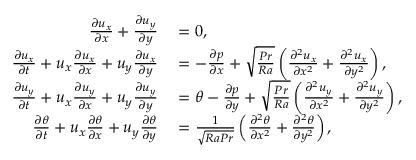
\begin{array} { r l } { \frac { \partial u _ { x } } { \partial x } + \frac { \partial u _ { y } } { \partial y } } & { { } = 0 , } \\ { \frac { \partial u _ { x } } { \partial t } + u _ { x } \frac { \partial u _ { x } } { \partial x } + u _ { y } \frac { \partial u _ { x } } { \partial y } } & { { } = - \frac { \partial p } { \partial x } + \sqrt { \frac { P r } { R a } } \left( \frac { \partial ^ { 2 } u _ { x } } { \partial x ^ { 2 } } + \frac { \partial ^ { 2 } u _ { x } } { \partial y ^ { 2 } } \right) , } \\ { \frac { \partial u _ { y } } { \partial t } + u _ { x } \frac { \partial u _ { y } } { \partial x } + u _ { y } \frac { \partial u _ { y } } { \partial y } } & { { } = \theta - \frac { \partial p } { \partial y } + \sqrt { \frac { P r } { R a } } \left( \frac { \partial ^ { 2 } u _ { y } } { \partial x ^ { 2 } } + \frac { \partial ^ { 2 } u _ { y } } { \partial y ^ { 2 } } \right) , } \\ { \frac { \partial \theta } { \partial t } + u _ { x } \frac { \partial \theta } { \partial x } + u _ { y } \frac { \partial \theta } { \partial y } } & { { } = \frac { 1 } { \sqrt { R a P r } } \left( \frac { \partial ^ { 2 } \theta } { \partial x ^ { 2 } } + \frac { \partial ^ { 2 } \theta } { \partial y ^ { 2 } } \right) , } \end{array}